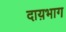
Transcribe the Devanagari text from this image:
दाय़भाग